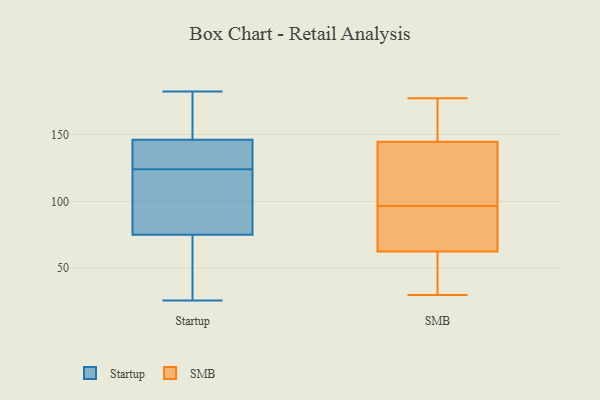
{"axis": {"x": "Budget (USD K)", "y": "Value"}, "legend": ["SMB", "Startup"], "data": [{"x": "", "y": 124, "type": "Startup"}, {"x": "", "y": 147, "type": "Startup"}, {"x": "", "y": 26, "type": "Startup"}, {"x": "", "y": 146, "type": "Startup"}, {"x": "", "y": 124, "type": "Startup"}, {"x": "", "y": 43, "type": "Startup"}, {"x": "", "y": 75, "type": "Startup"}, {"x": "", "y": 182, "type": "Startup"}, {"x": "", "y": 158, "type": "Startup"}, {"x": "", "y": 126, "type": "Startup"}, {"x": "", "y": 95, "type": "Startup"}, {"x": "", "y": 146, "type": "Startup"}, {"x": "", "y": 99, "type": "Startup"}, {"x": "", "y": 56, "type": "Startup"}, {"x": "", "y": 177, "type": "SMB"}, {"x": "", "y": 158, "type": "SMB"}, {"x": "", "y": 142, "type": "SMB"}, {"x": "", "y": 61, "type": "SMB"}, {"x": "", "y": 107, "type": "SMB"}, {"x": "", "y": 113, "type": "SMB"}, {"x": "", "y": 54, "type": "SMB"}, {"x": "", "y": 30, "type": "SMB"}, {"x": "", "y": 147, "type": "SMB"}, {"x": "", "y": 64, "type": "SMB"}, {"x": "", "y": 80, "type": "SMB"}, {"x": "", "y": 86, "type": "SMB"}]}